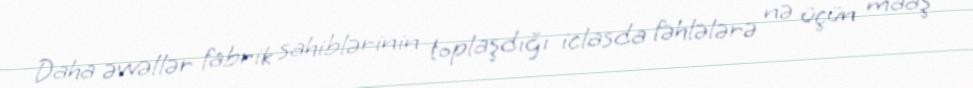
Daha əvvəllər fabrik sahiblərinin toplaşdığı iclasda fəhlələrə nə üçün maaş